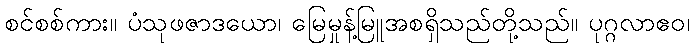
စင်စစ်ကား။ ပံသုဖဇာဒယော၊ မြေမှုန့်မြူအစရှိသည်တို့သည်။ ပုဂ္ဂလာဧဝ၊